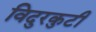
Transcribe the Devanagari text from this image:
विदुरकुटी